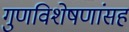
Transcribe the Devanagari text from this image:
गुणविशेषणांसह